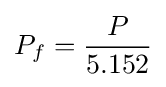
P_{f}={\frac {P}{5.152}}